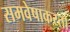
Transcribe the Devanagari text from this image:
समवेषाकरता